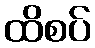
ထိစပ်